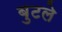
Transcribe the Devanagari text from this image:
बुटले